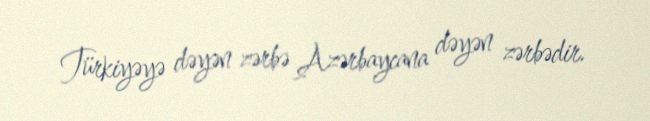
Türkiyəyə dəyən zərbə Azərbaycana dəyən zərbədir.